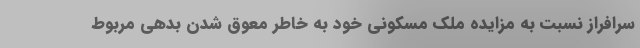
سرافراز نسبت به مزایده ملک مسکونی خود به خاطر معوق شدن بدهی مربوط